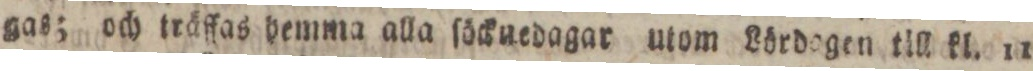
gas; och träffas hemma alla ſöckuedagar utom Lördogen till kl. 11